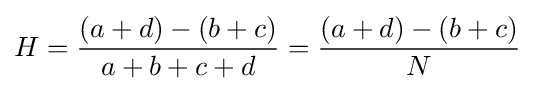
H={\frac {(a+d)-(b+c)}{a+b+c+d}}={\frac {(a+d)-(b+c)}{N}}